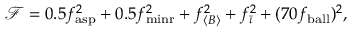
\mathcal { F } = 0 . 5 f _ { \mathrm { a s p } } ^ { 2 } + 0 . 5 f _ { \mathrm { m i n r } } ^ { 2 } + f _ { \langle B \rangle } ^ { 2 } + f _ { \bar { \iota } } ^ { 2 } + ( 7 0 f _ { \mathrm { b a l l } } ) ^ { 2 } ,